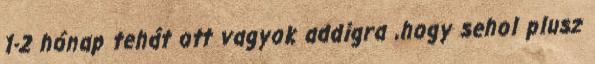
1-2 hónap tehát ott vagyok addigra ,hogy sehol plusz